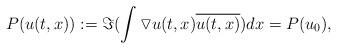
LaTeX: \begin{align*}P(u(t,x)):=\Im(\int \triangledown u(t,x) \overline{u(t,x)})dx=P(u_{0}),\end{align*}